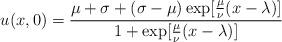
LaTeX: \begin{align*} u(x,0)=\frac{\mu+\sigma+(\sigma-\mu)\exp[\frac{\mu}{\nu}(x-\lambda)]}{1+\exp[\frac{\mu}{\nu}(x-\lambda)]}\end{align*}